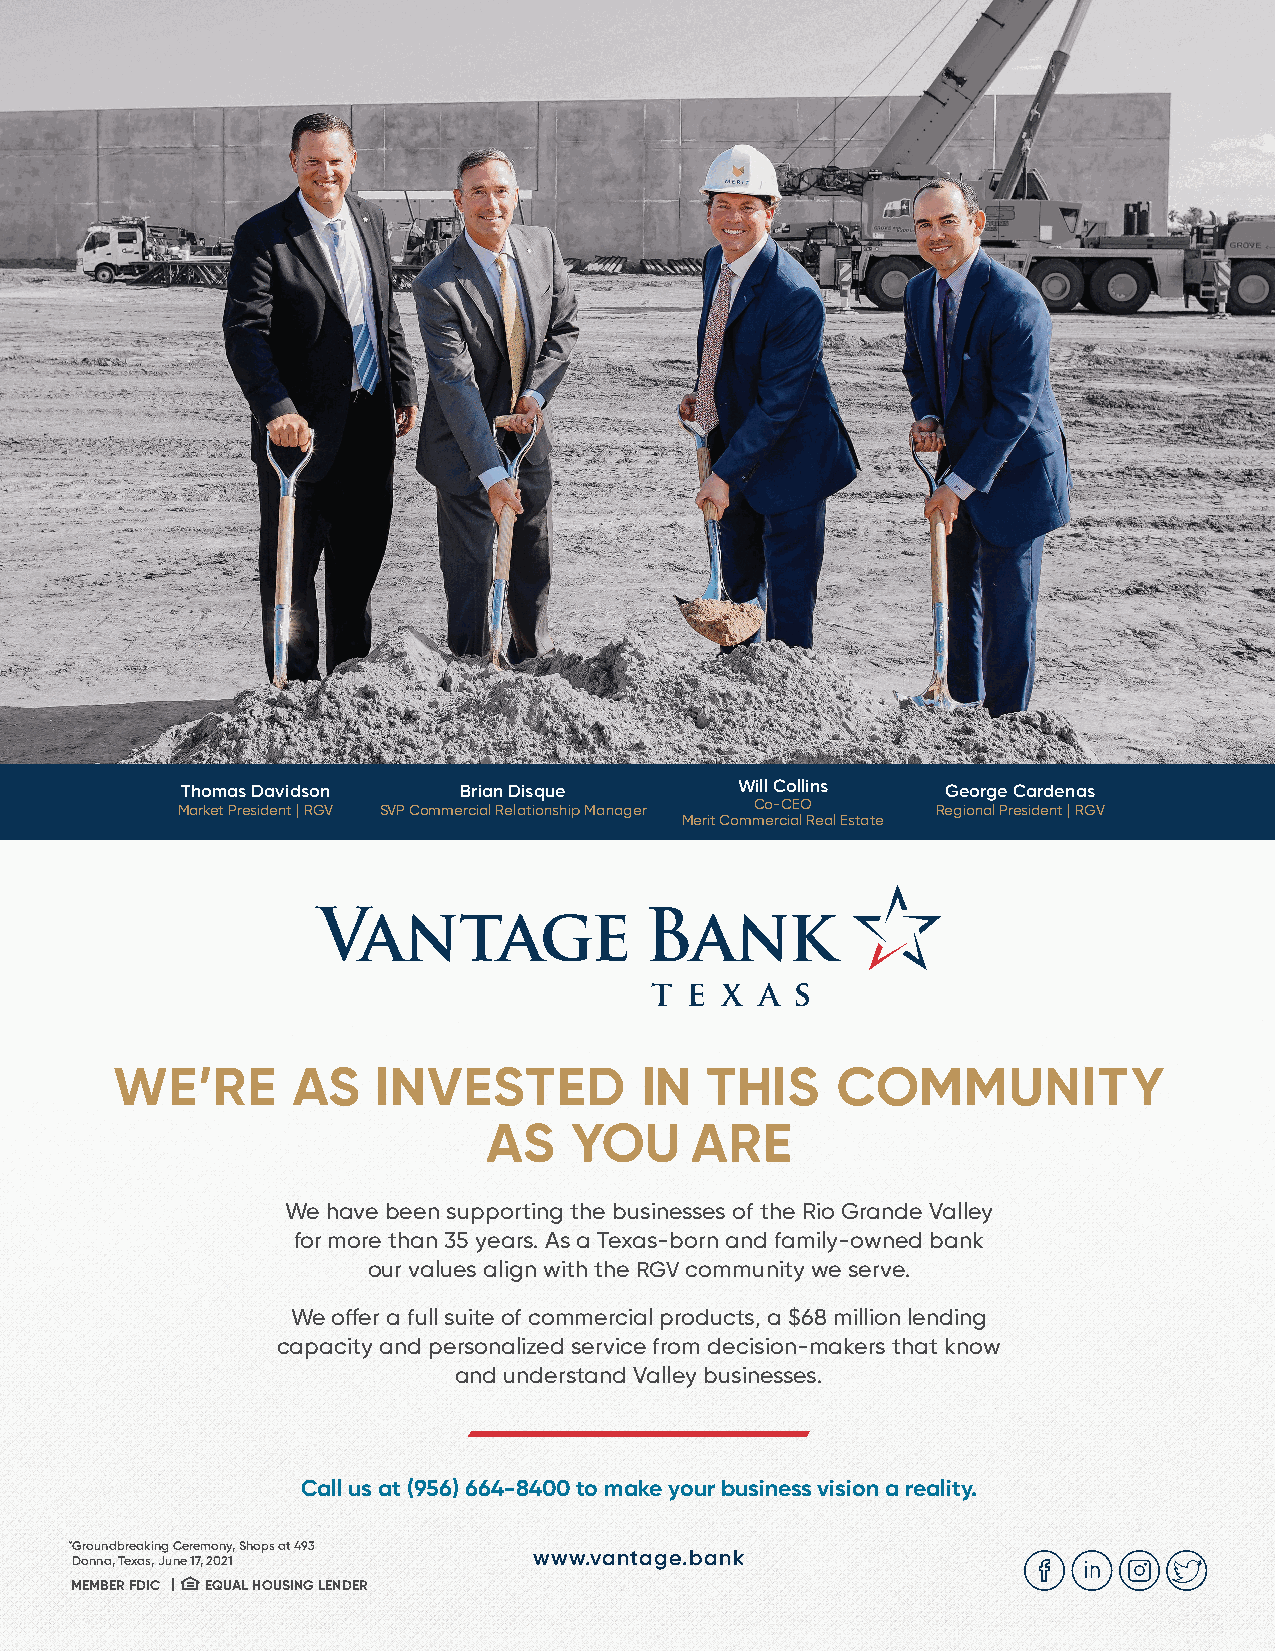
Thomas Davidson   Brian Disque       Will Collins  George Cardenas
 Market President | RGV SVP Commercial Relationship Manager Co-CEO Regional President | RGV
 Merit Commercial Real Estate
 WE’RE       AS    INVESTED         IN   THIS    COMMUNITY
 AS    YOU     ARE
 We have been supporting the businesses of the Rio Grande Valley
 for more than 35 years. As a Texas-born and family-owned bank
 our values align with the RGV community we serve.
 We offer a full suite of commercial products, a $68 million lending
 capacity and personalized service from decision-makers that know
 and understand Valley businesses.
 Call us at (956) 664-8400 to make your business vision a reality.
 * Groundbreaking Ceremony, Shops at 493
 www.vantage.bank
 Donna, Texas, June 17, 2021
 MEMBER FDIC | EQUAL HOUSING LENDER